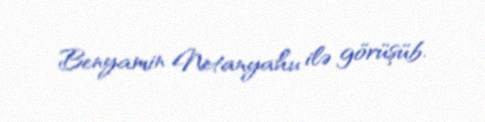
Benyamin Netanyahu ilə görüşüb.